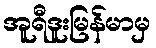
အူရီဒူးမြန်မာမှ